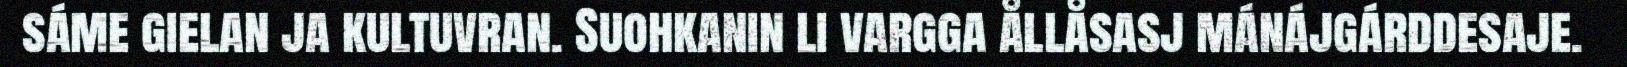
sáme gielan ja kultuvran. Suohkanin li vargga ållåsasj mánájgárddesaje.